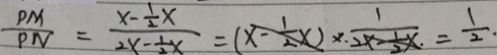
\frac { P M } { P N } = \frac { x - \frac { 1 } { 2 } x } { 2 x - \frac { 1 } { 2 } x } = ( x - \frac { 1 } { 2 } x ) \times \frac { 1 } { 2 x - \frac { 1 } { 2 } x } = \frac { 1 } { 2 } .